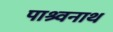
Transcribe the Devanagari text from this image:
पाश्र्वनाथ